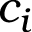
c _ { i }